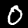
Label: 0